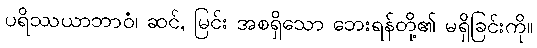
ပရိဿယာဘာဝံ၊ ဆင်, မြင်း အစရှိသော ဘေးရန်တို့၏ မရှိခြင်းကို။